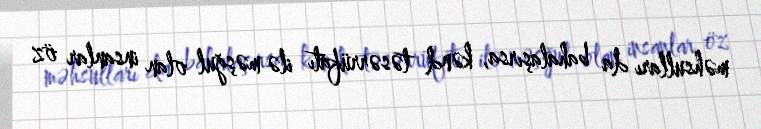
məhsulları da bahalaşırsa, kənd təsərrüfatı ilə məşğul olan insanlar öz